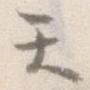
て